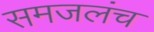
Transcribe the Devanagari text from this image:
समजलंच